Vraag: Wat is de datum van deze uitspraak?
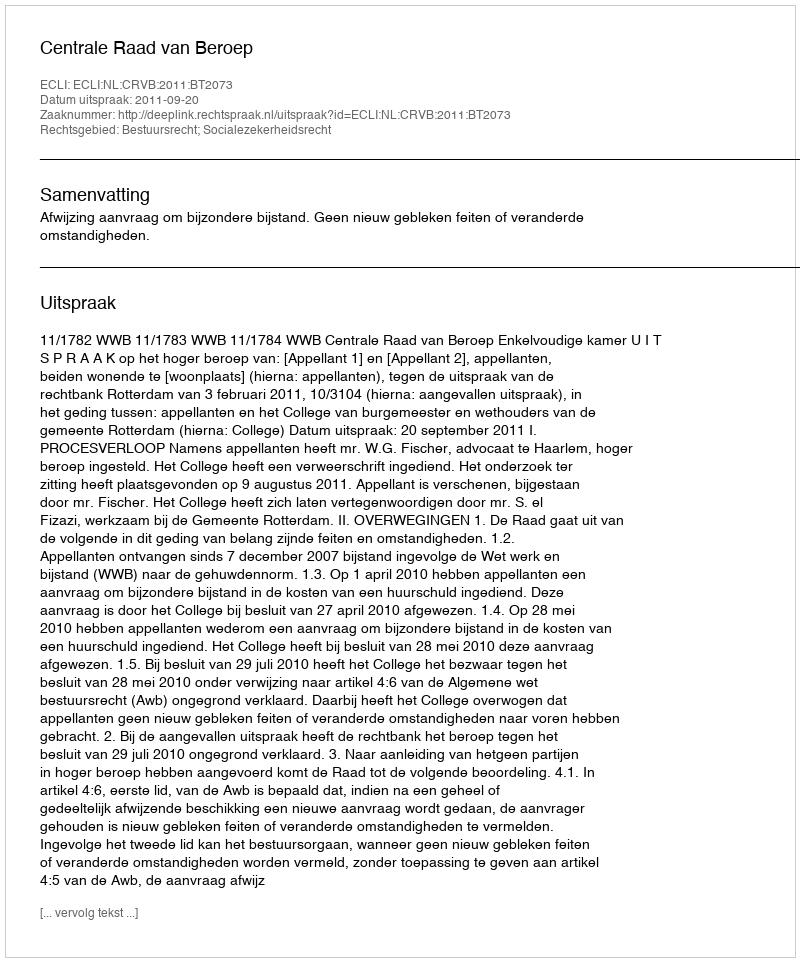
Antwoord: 2011-09-20